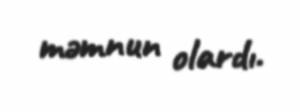
məmnun olardı.